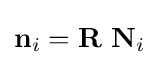
\mathbf {n} _{i}=\mathbf {R} ~\mathbf {N} _{i}\,\!